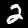
Label: 2